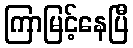
ကြာမြင့်နေပြီ